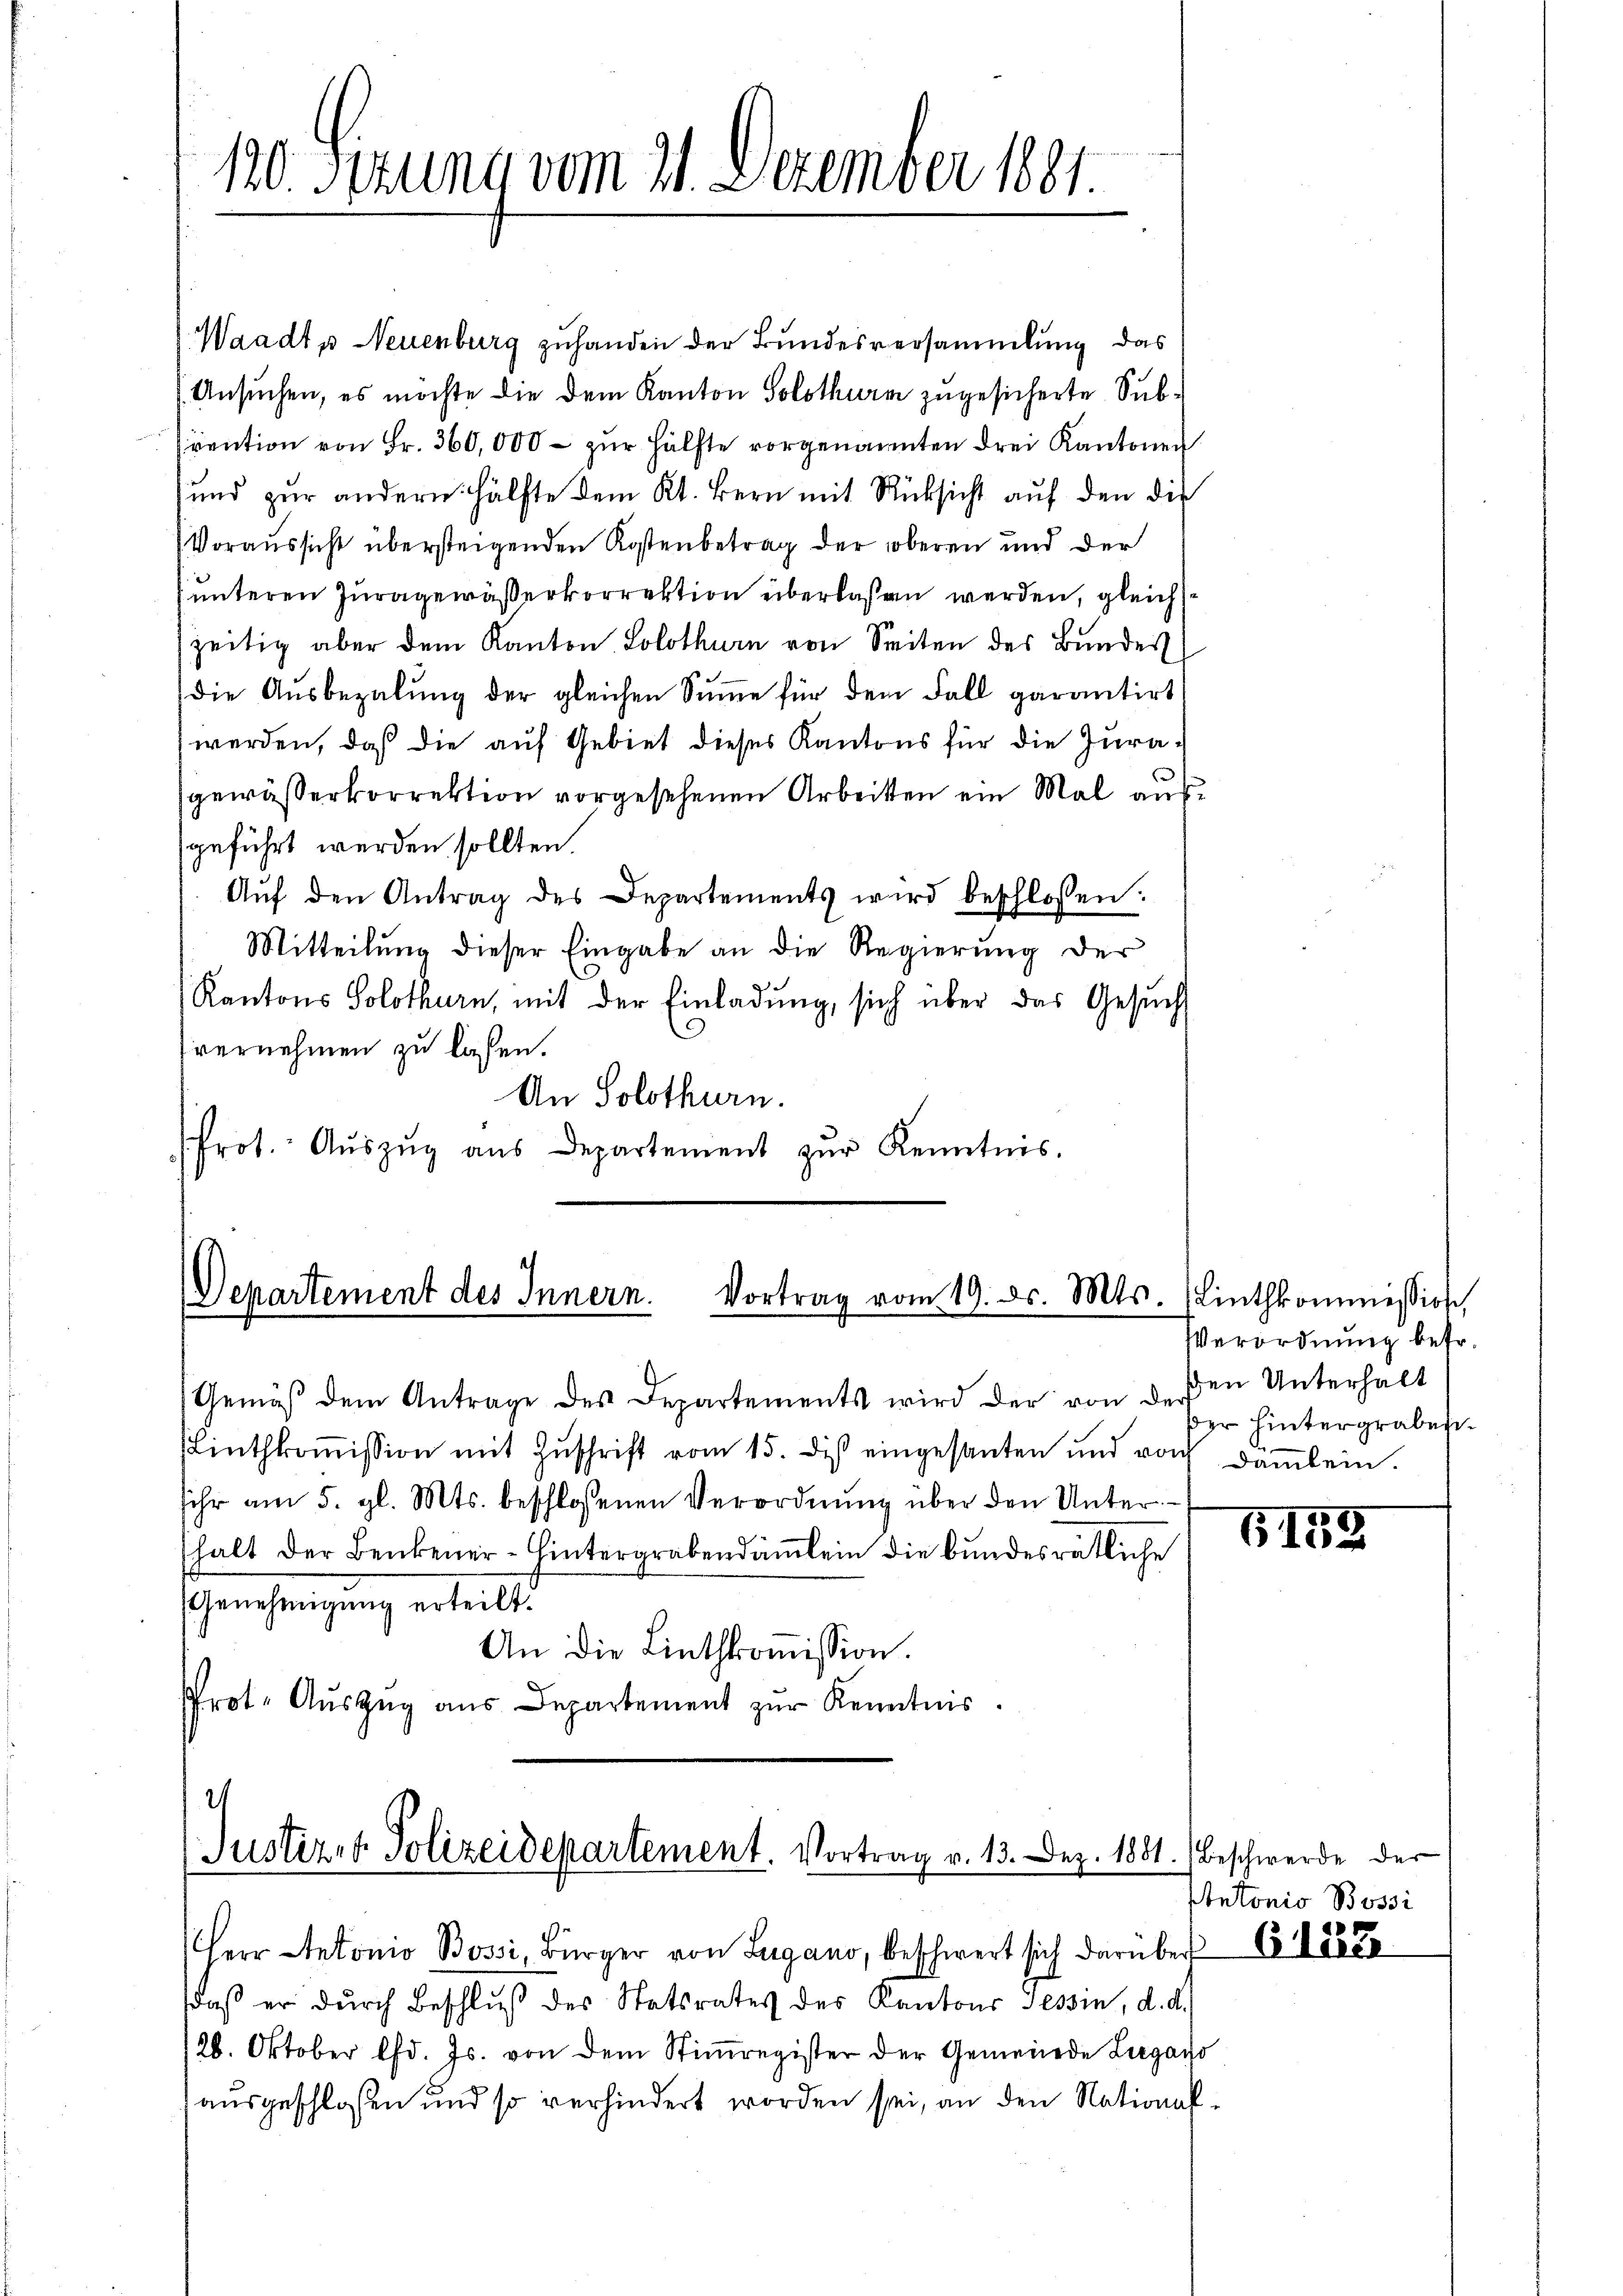
Waadt u Neuenburg zuhanden der Bundesversammlung das
Ansuchen, es möchte die dem Kanton Solothurm zugesicherte Subrention von Fr. 360,000 - zur Hälfte vorgenannten drei Kantonen
und zur andern Hälfte dem Kt. Bern mit Rücksicht auf den die
(Voraussicht übersteigenden Kostenbetrag der oberen und der
unteren Juragewässerkorrektion überlaßen werden, gleichzeitig aber dem Kanton Solothurn von Seiten des Bundes
die Ausbezalung der gleichen Summe für dem Fall garantirt
werden, daß die auf Gebiet dieses Kantons für die Juragewässerkorrektion vorgesehenen Arbeiten ein Mal aussgeführt werden sollten.
Aŭf den Antrag des Departements wird beschlossen:
Mitteilung dieser Eingabe an die Regierung der
Kantons Solothurn, mit der Einladung, sich über das Gesuch
vernehmen zu lassen.
An Solothurn.
frot. Aŭszŭg aŭs Departement zŭr Kenntnis.

120 Sizung vom 21. Dezember 1881.

Departement des Innern. Vortrag vom 19. ds. Mts. (Linthkommission,

Gemäß dem Antrage des Departements wird der von der
Linthkoṁission mit Zŭschrift vom 15. diβ eingesanten und von Däṁlein.
sihr am 5. gl. Mts. beschlossenen Verordnung über den Unter¬
(halt der Benkener-Hintergrabendämlein die bundesrätliche
Genehmigung erteilt.
An die Linthkoṁission.
Prot. Aŭszŭg aŭs Departement zŭr Kenntnis.

2
Justizen Polizeidepartement. Vortrag v. 13. Dez. 1881.) Beschwerde der

Herr Antonio Bossi, Bürger von Lugano, beschwert sich darüber 1882
daß er durch Beschluß der Statsrates des Kantons Tessin, d. d.
128. Oktober lfd. Js. von dem Stiṁregister der Gemeinde Liegano
ausgeschlossen und so verhindert worden sei, an den National¬

Verordnung befr.
den Unterhalt
der hintergraben.

6159

Antonio Bossi